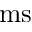
\mathrm { m s }